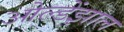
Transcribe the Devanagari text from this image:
ओल्डेंझाल